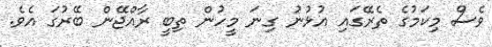
ވެސް މިކަމުގެ ތެރޭގައި އުޅުނު ގިނަ މީހުން ތިބީ ރާއްޖޭން ބޭރުގަ އެވެ.